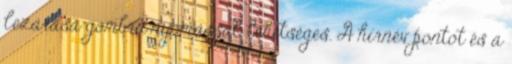
lezárása gombra nyomással lehetséges. A hírnév pontot és a